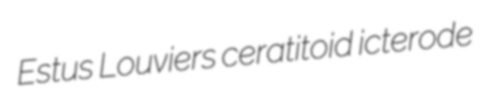
Estus Louviers ceratitoid icterode